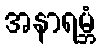
အနာရမ္ဘံ